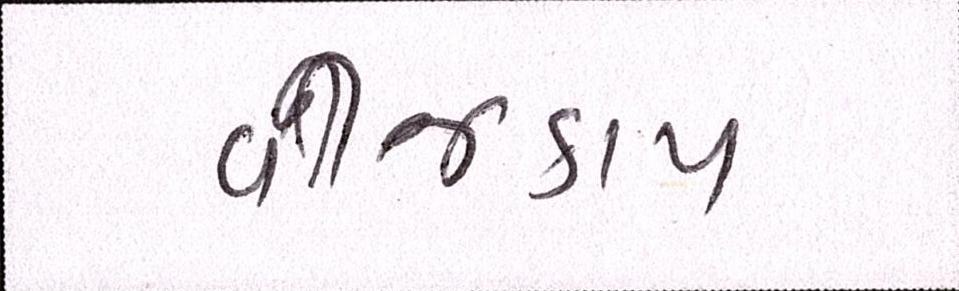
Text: વીજકાપ